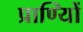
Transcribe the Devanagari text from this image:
प्राण्यिों